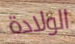
الولادة